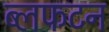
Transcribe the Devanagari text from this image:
ब्लफटन